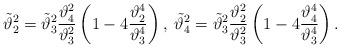
\begin{align*}\tilde\vartheta_2^2=\tilde\vartheta_3^2{\vartheta_4^2\over\vartheta_3^2}\left(1-4{\vartheta_2^4\over\vartheta_3^4}\right),\;\tilde\vartheta_4^2=\tilde\vartheta_3^2{\vartheta_2^2\over\vartheta_3^2}\left(1-4{\vartheta_4^4\over\vartheta_3^4}\right).\end{align*}